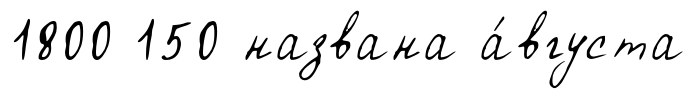
1800 150 названа а́вгуста